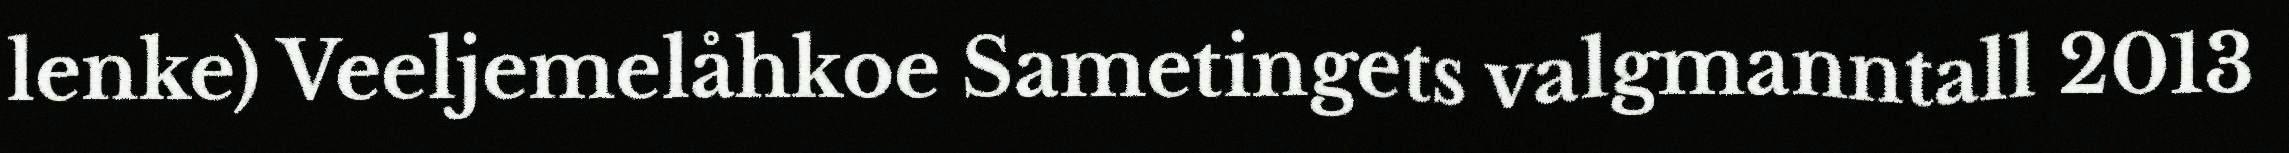
lenke) Veeljemelåhkoe Sametingets valgmanntall 2013